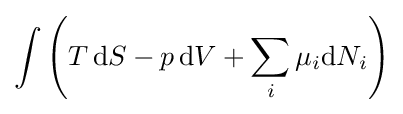
\int \left(T\,\mathrm {d} S-p\,\mathrm {d} V+\sum _{i}\mu _{i}\mathrm {d} N_{i}\right)